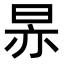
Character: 𬀳